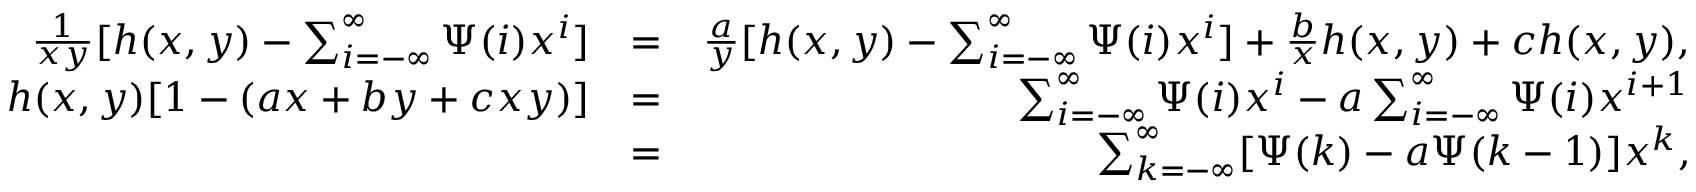
\begin{array} { r l r } { \frac { 1 } { x y } [ h ( x , y ) - \sum _ { i = - \infty } ^ { \infty } \Psi ( i ) x ^ { i } ] } & { = } & { \frac { a } { y } [ h ( x , y ) - \sum _ { i = - \infty } ^ { \infty } \Psi ( i ) x ^ { i } ] + \frac { b } { x } h ( x , y ) + c h ( x , y ) , } \\ { h ( x , y ) [ 1 - ( a x + b y + c x y ) ] } & { = } & { \sum _ { i = - \infty } ^ { \infty } \Psi ( i ) x ^ { i } - a \sum _ { i = - \infty } ^ { \infty } \Psi ( i ) x ^ { i + 1 } } \\ & { = } & { \sum _ { k = - \infty } ^ { \infty } [ \Psi ( k ) - a \Psi ( k - 1 ) ] x ^ { k } , } \end{array}